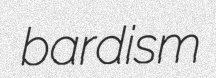
bardism